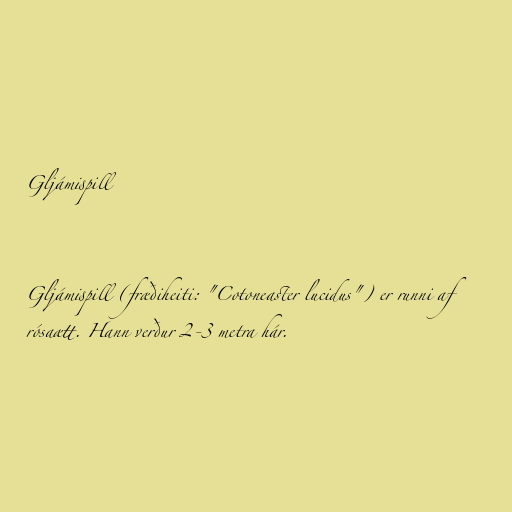
Gljámispill

Gljámispill (fræðiheiti: "Cotoneaster lucidus") er runni af
rósaætt. Hann verður 2-3 metra hár.